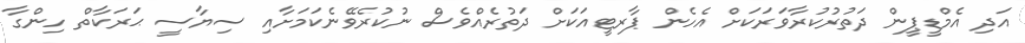
އަދި އެމްޑީޕީން ދަތުރުކުރާވަރަކަށް އެހެން ޕާރޓީއަކަށް ދަތުރެއްވެސް ނުކުރެވޭނެކަމަށާއި ސިޔާސީ ޙަރަކާތް ހިންގާ